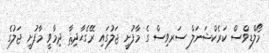
މޯލްޑިވްސް ކަރެކްޝަނަލް ސަރވިސް ގެ މާފުށީ ޖަލުގައި ރޭގެޙާދިޘާ ދިމާވީ މާފުށީ ޖަލުގެ